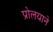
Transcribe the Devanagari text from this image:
प्रोलयाने